画像に写った文字を読んでください
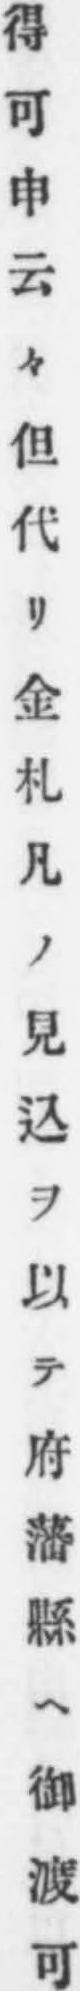
「得可申云々但代リ金札凡ノ見込ヲ以テ府藩縣ヘ御渡可」と書いてあります